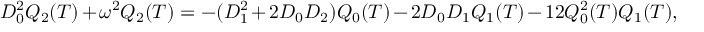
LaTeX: D _ { 0 } ^ { 2 } Q _ { 2 } ( T ) + \omega ^ { 2 } Q _ { 2 } ( T ) = - ( D _ { 1 } ^ { 2 } + 2 D _ { 0 } D _ { 2 } ) Q _ { 0 } ( T ) - 2 D _ { 0 } D _ { 1 } Q _ { 1 } ( T ) - 1 2 Q _ { 0 } ^ { 2 } ( T ) Q _ { 1 } ( T ) ,